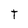
Character: T